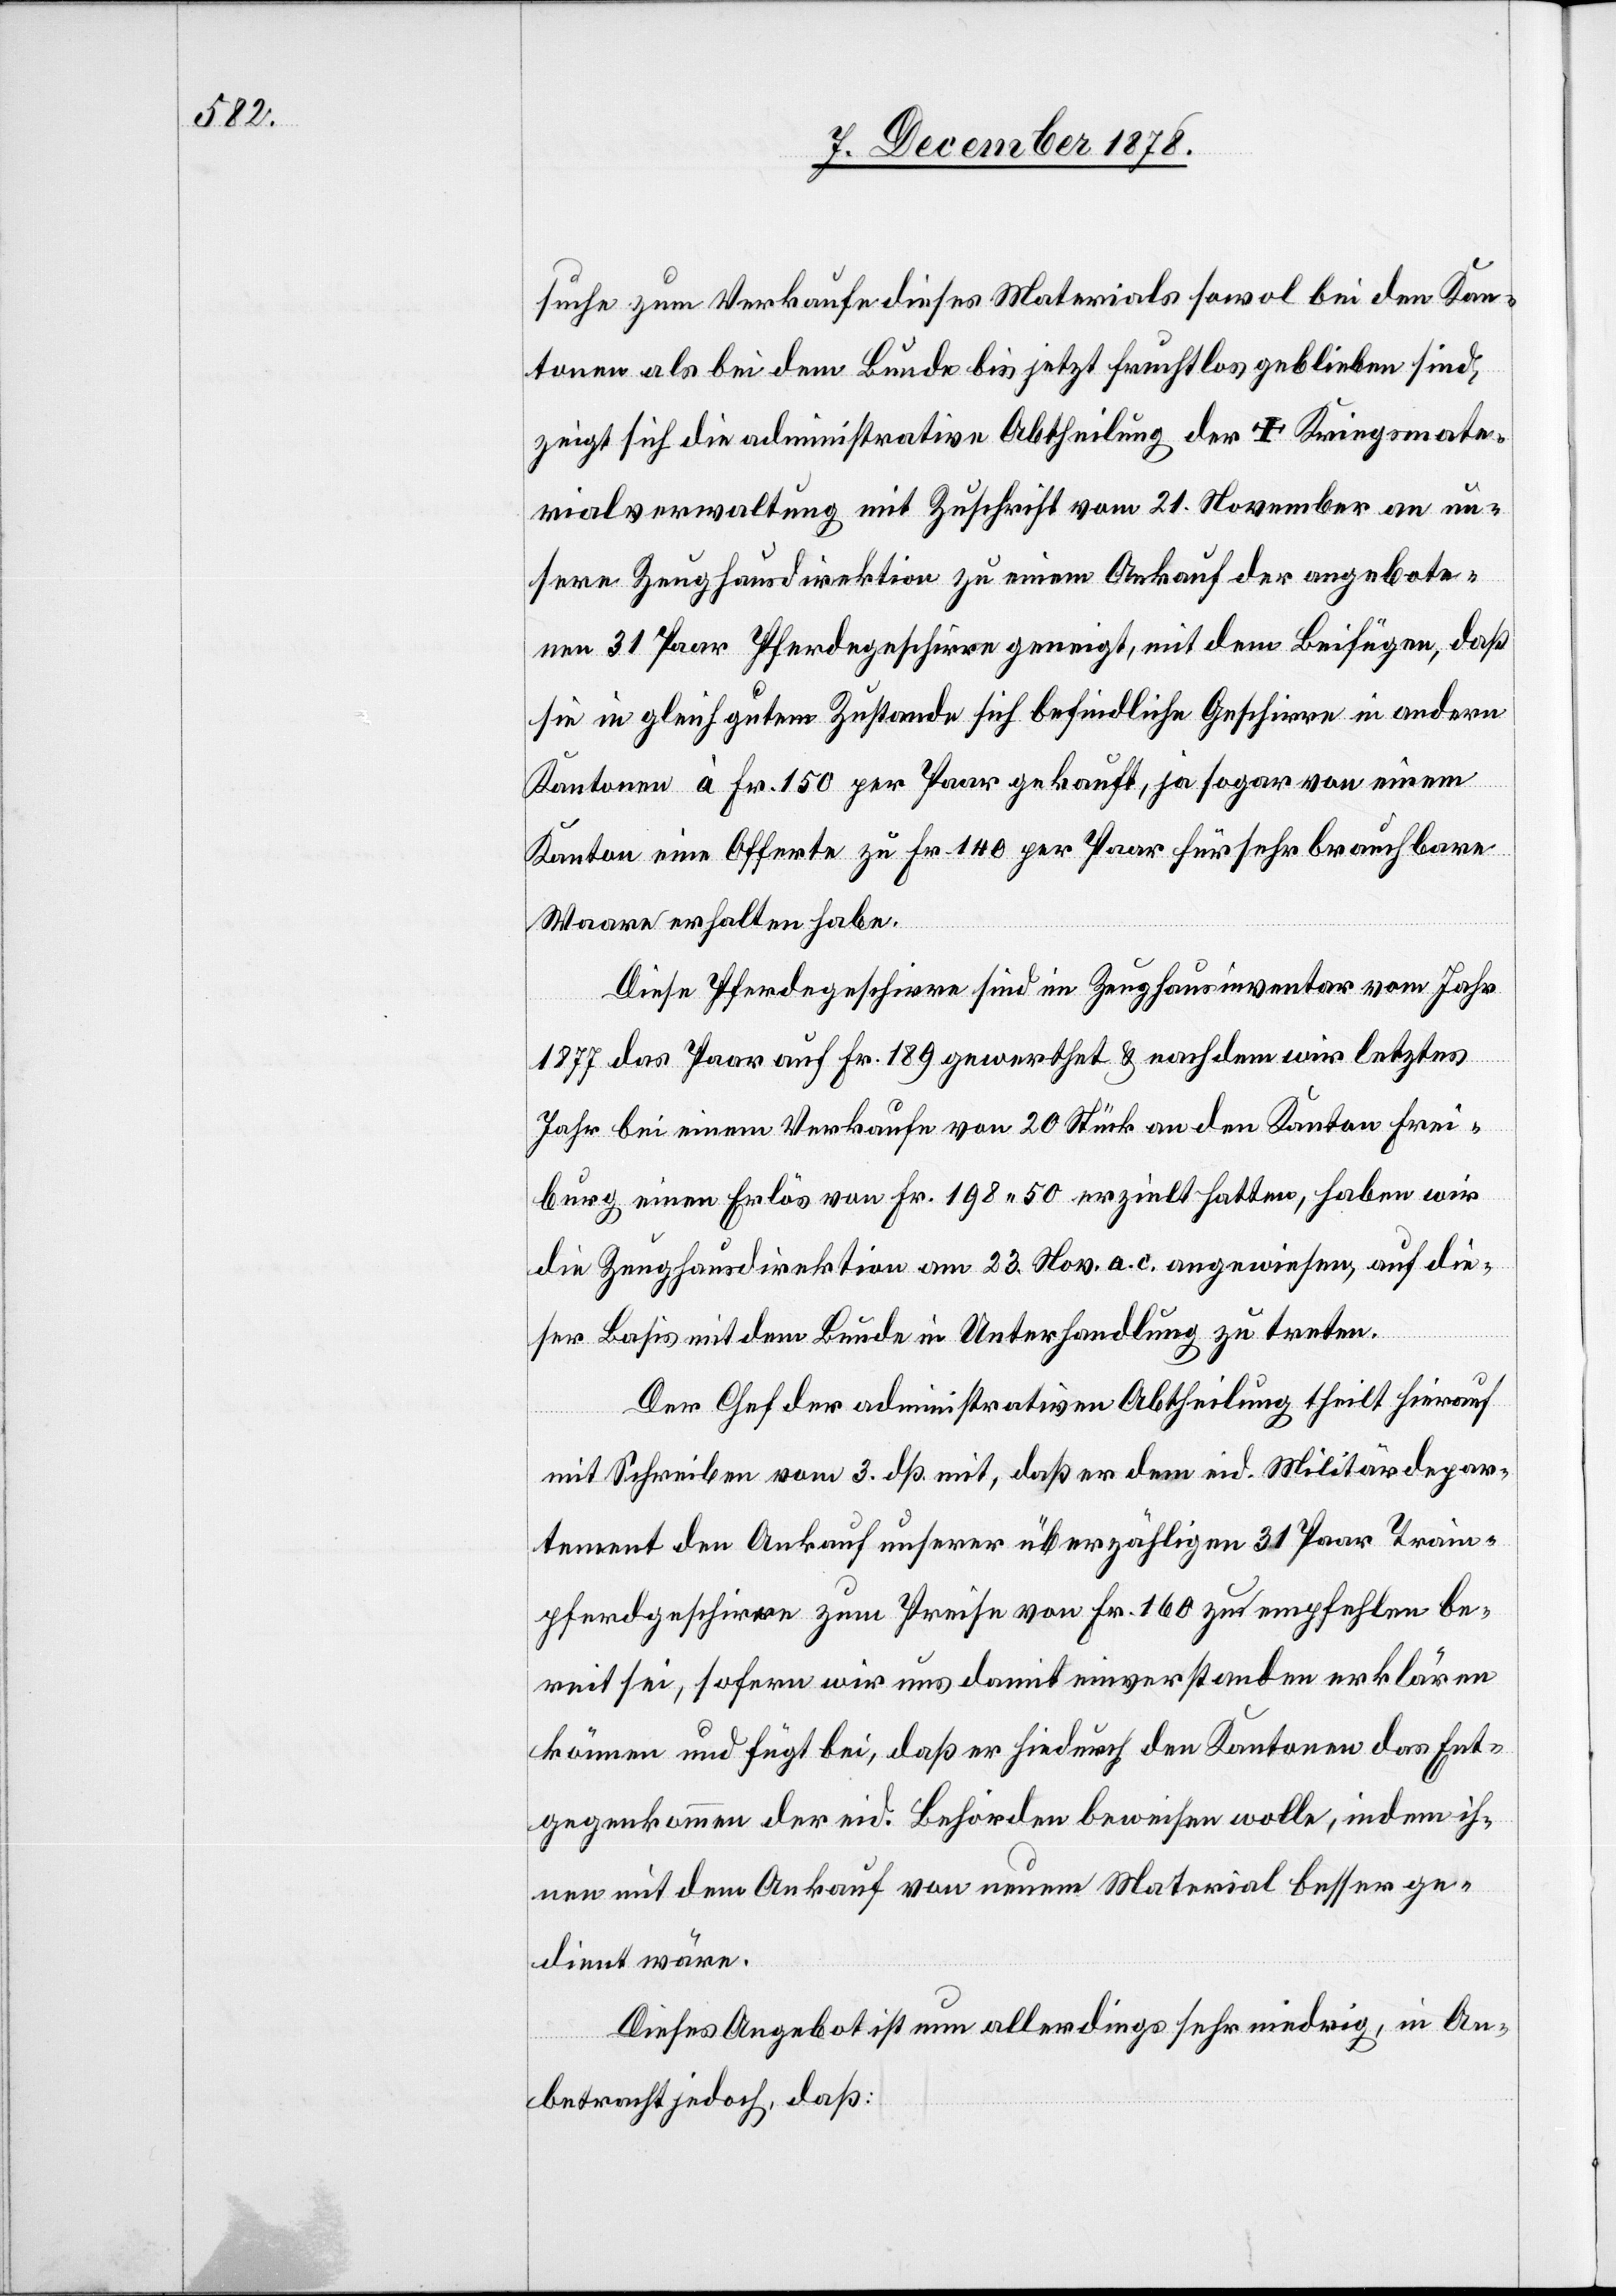
suche zum Verkaufe dieses Materials sowol bei den Kan¬
tonen als bei dem Bunde bis jetzt fruchtlos geblieben sind,
zeigt sich die administrative Abtheilung der [eidgenöss¬
ialverwaltung mit Zuschrift vom 21. November an un¬
sere Zeughausdirektion zu einem Ankauf der angebote¬
nen 31 Paar Pferdegeschirre geneigt, mit dem Beifügen, daß
sie in gleich gutem Zustande sich befindliche Geschirre in andern
Kantonen à Fr. 150 per Paar gekauft, ja sogar von einem
Kanton eine Offerte zu Fr. 140 per Paar für sehr brauchbare
Waare erhalten habe.
Diese Pferdegeschirre sind im Zeughausinventar vom Jahr
1877 das Paar auf Fr. 189 gewerthet & nachdem wir letztes
Jahr bei einem Verkaufe von 20 Stück an den Kanton Frei¬
burg einen Erlös von Fr. 198 50 erziehlt hatten, haben wir
die Zeughausdirektion am 23. Nov. a. c. angewiesen, auf die¬
ser Basis mit dem Bunde in Unterhandlung zu treten.
Der Chef der administrativen Abtheilung theilt hierauf
Kriegsmater¬
mit Schreiben vom 3. dß. mit, daß er dem eid. Militärdepar¬
tement den Ankauf unserer überzähligen 31 Paar Train¬
pferdgeschirre zum Preise von Fr. 160 zu empfehlen be¬
reit sei, sofern wir uns damit einverstanden erklären
können und fügt bei, daß er hiedurch den Kantonen das Ent¬
gegenkommen der eid. Behörden beweisen wolle, indem ih¬
nen mit dem Ankauf von neuem Material besser ge¬
dient wäre.
Dieses Angebot ist nun allerdings sehr niedrig, in An¬
betracht jedoch, daß: